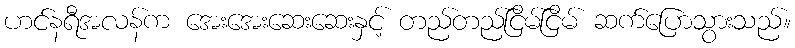
ဟင်နရီအလန်က အေးအေးဆေးဆေးနှင့် တည်တည်ငြိမ်ငြိမ် ဆက်ပြောသွားသည်။